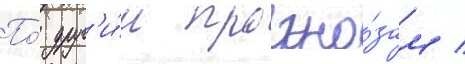
По́ друг'и́м прогно́зам /